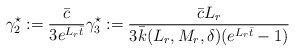
\begin{align*}\begin{aligned}\gamma_2^\star := \dfrac{\bar c}{3 e^{ L_r \bar{t}}}\gamma_3^\star := \dfrac{\bar c L_r }{3 \bar k(L_r,M_r, \delta) (e^{ L_r \bar{t}}-1)}\end{aligned}\end{align*}